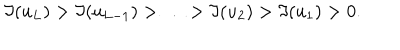
\Im ( u _ { L } ) > \Im ( u _ { L - 1 } ) > \ldots > \Im ( u _ { 2 } ) > \Im ( u _ { 1 } ) > 0 .